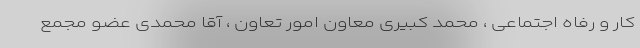
کار و رفاه اجتماعی ، محمد کبیری معاون امور تعاون ، آقا محمدی عضو مجمع